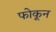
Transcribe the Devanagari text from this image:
फोकून